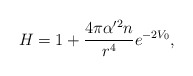
\begin{align*}H = 1 + \frac{4 \pi \alpha'^2 n }{r^4} e^{ - 2 V_0},\end{align*}